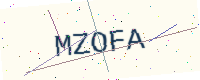
Text: MZOFA